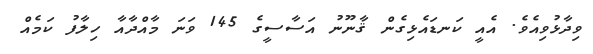
ވިދާޅުވިއެވެ. އެއީ ކަނޑައެޅިގެން ޤާނޫނު އަސާސީގެ 145 ވަނަ މާއްދާއާ ހިލާފު ކަމެއް